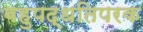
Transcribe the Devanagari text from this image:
बहुपद्धतिपरक